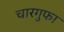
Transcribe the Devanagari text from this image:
चारगुफा